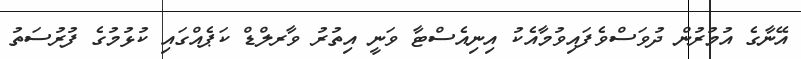
އޭނާގެ އުމުރުން ދުވަސްވެފައިވުމާއެކު އިނިއެސްޓާ ވަނީ އިތުރު ވާރލްޑް ކަޕެއްގައި ކުޅުމުގެ ފުރުސަތު